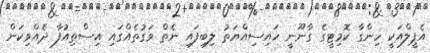
އެޕީލްއަކީ ހިންގާ ކޮމިޓީގެ ގާނޫނީ ހައިސިއްޔަތު ލިބިފައި ނެތް ވަގުތެއްގައި އިސްތިއުފާ ދެއްވިކަން